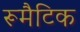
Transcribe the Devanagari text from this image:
रूमैटिक